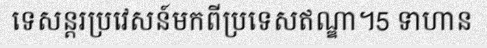
ទេសន្តរប្រវេសន៍មកពីប្រទេសឥណ្ឌា។5 ទាហាន